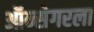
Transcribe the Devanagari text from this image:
ऑन्सेगरला